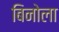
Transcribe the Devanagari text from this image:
बिनोला